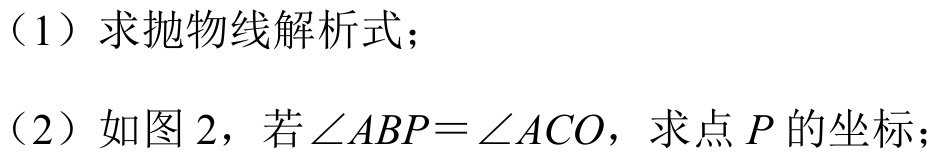
（1）求抛物线解析式；
（2）如图 2，若\(\angle ABP = \angle ACO\)，求点\(P\)的坐标；